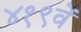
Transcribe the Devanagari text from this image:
४१९वें